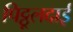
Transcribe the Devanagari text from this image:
पिट्ठूलदाई